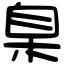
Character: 臬